Indian journal of veterinary science and animal husbandry - Volumes 18-21, 1948-1951
Year: 1948
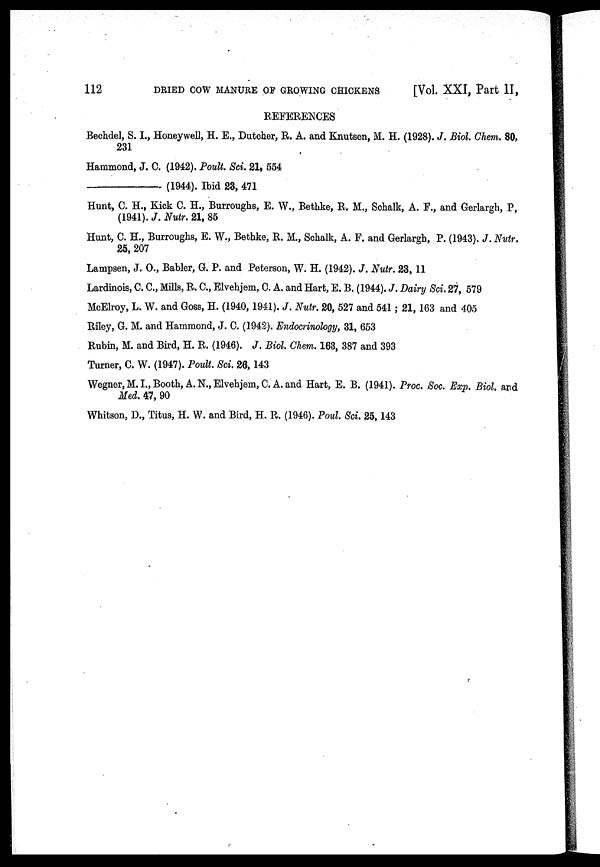
112
DRIED COW MANURE OF GROWING CHICKENS
[Vol. XXI, Part II,
REFERENCES
Bechdel, S. I., Honeywell, H. E., Dutcher, R. A. and Knutsen, M. H. (1928). J. Biol. Chem. 80,
231
Hammond, J. C. (1942). Poult. Sci. 21, 554
—(1944).
Ibid 23, 471
Hunt, C. H., Kick C. H., Burroughs, E. W., Bethke, R. M., Schalk, A. F., and Gerlargh, P,
(1941). J. Nutr. 21, 85
Hunt, C. H., Burroughs, E. W., Bethke, R. M., Schalk, A. F. and Gerlargh, P. (1943). J. Nutr.
25, 207
Lampsen, J. O., Babler, G. P. and Peterson, W. H. (1942). J. Nutr. 23, 11
Lardinois, C. C., Mills, R. C., Elvehjem, C. A. and Hart, E. B. (1944). J. Dairy Sci. 27, 579
McElroy, L. W. and Goss, H. (1940, 1941). J. Nutr. 20, 527 and 541; 21, 163 and 405
Riley, G. M. and Hammond, J. C. (1942). Endocrinology, 31, 653
Rubin, M. and Bird, H. R. (1946). J. Biol. Chem. 163, 387 and 393
Turner, C. W. (1947). Poult. Sci. 26, 143
Wegner, M. I., Booth, A. N., Elvehjem, C. A. and Hart, E. B. (1941). Proc. Soc. Exp. Biol. and
Med. 47, 90
Whitson, D., Titus, H. W. and Bird, H. R. (1946). Poul. Sci. 25, 143